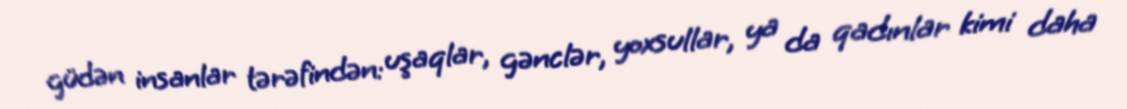
güdən insanlar tərəfindən: uşaqlar, gənclər, yoxsullar, ya da qadınlar kimi daha